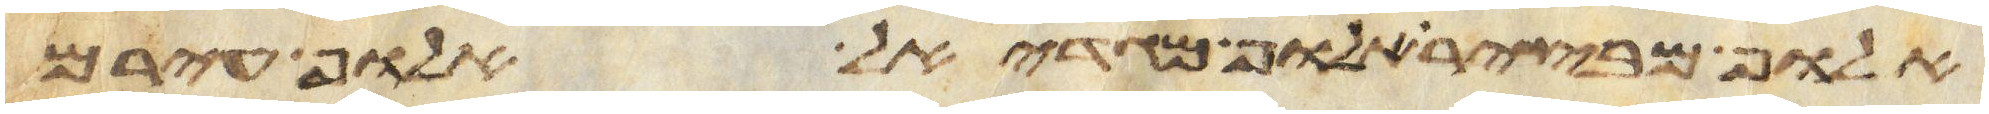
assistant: אלוף מבצר אלוף מגדאל אלוף עירם